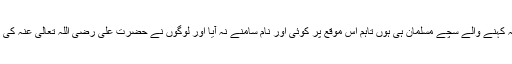
یہ بھی ہو سکتا ہے کہ یہ کہنے والے سچے مسلمان ہی ہوں تاہم اس موقع پر کوئی اور نام سامنے نہ آیا اور لوگوں نے حضرت علی رضی اللہ تعالی عنہ کی بیعت کرنا شروع کردی۔